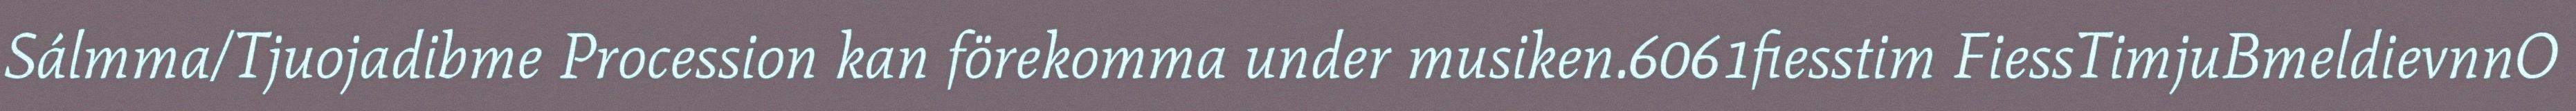
Sálmma/Tjuojadibme Procession kan förekomma under musiken.6061fiesstim FiessTimjuBmeldievnnO